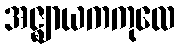
အဇ္ဈာယကကုလေ